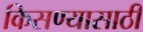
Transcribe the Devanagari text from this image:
किसण्यासाठी